Scottish Leaving Certificate Examination, 1951
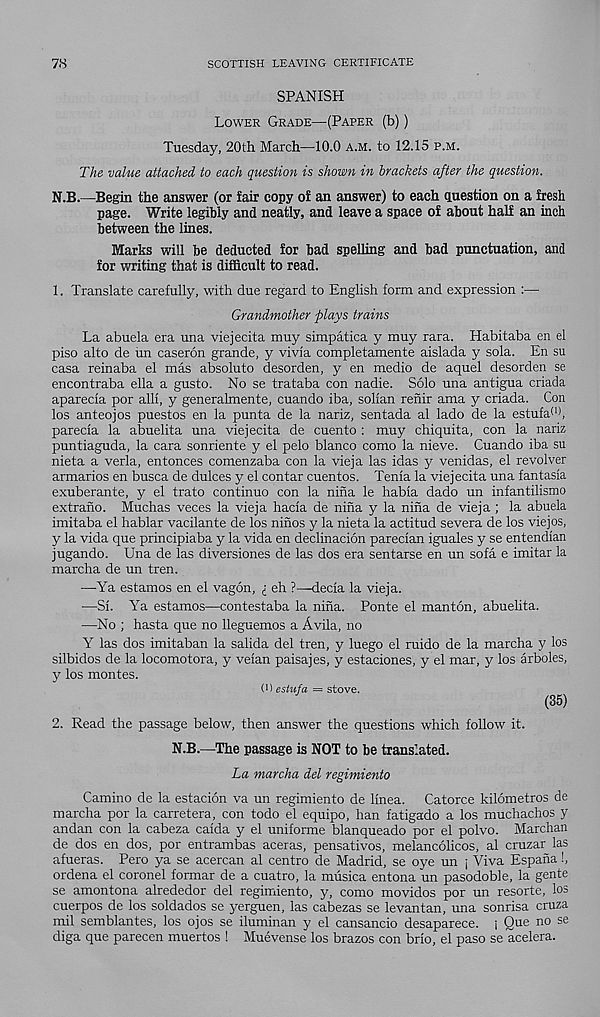
78
SCOTTISH LEAVING CERTIFICATE
SPANISH
Lower Grade—(Paper (b))
Tuesday, 20th March—10.0 a.m. to 12.15 p.m.
The value attached to each question is shown in brackets after the question.
N.B.—Begin the answer (or fair copy of an answer) to each question on a fresh
page. Write legibly and neatly, and leave a space of about half an inch
between the lines.
Marks will be deducted for bad spelling and bad punctuation, and
for writing that is difficult to read.
1. Translate carefully, with due regard to English form and expression :—
Grandmother plays trains
La abuela era una viejecita muy simpatica y muy rara. Habitaba en el
piso alto de im caseron grande, y vivia completamente aislada y sola. En su
casa reinaba el mas absolute desorden, y en medio de aquel desorden se
encontraba ella a gusto. No se trataba con nadie. Solo una antigua criada
aparecia por alii, y generahnente, cuando iba, solian renir ama y criada. Con
los anteojos puestos en la punta de la nariz, sentada al lado de la estufa (1) ,
parecia la abuelita una viejecita de cuento : muy chiquita, con la nariz
puntiaguda, la cara sonriente y el pelo bianco como la nieve. Cuando iba su
nieta a verla, entonces comenzaba con la vieja las idas y venidas, el revolver
armarios en busca de dulces y el contar cuentos. Tenia la viejecita una fantasia
exuberante, y el trato continue con la nina le habia dado un infantilismo
extrano. Muchas veces la vieja hacia de nina y la nina de vieja ; la abuela
imitaba el hablar vacilante de los ninos y la nieta la actitud severa de los viejos,
y la vida que principiaba y la vida en declinacion parecian iguales y se entendian
jugando. Una de las diversiones de las dos era sentarse en un sofa e imitar la
marcha de un tren.
—-Ya estamos en el vagon, £ eh ?—decia la vieja.
—Si. Ya estamos—contestaba la nina. Ponte el man ton, abuelita.
—No ; hasta que no lleguemos a Avila, no
Y las dos imitaban la salida del tren, y luego el ruido de la marcha y los
silbidos de la locomotora, y veian paisajes, y estaciones, y el mar, y los arboles,
y los montes.
0) estufa = stove.
(35)
2. Read the passage below, then answer the questions which follow it.
N.B.—The passage is NOT to be translated.
La marcha del regimiento
Camino de la estacion va un regimiento de linea. Catorce kilometres de
marcha por la carretera, con todo el equipo, han fatigado a los muchachos y
andan con la cabeza caida y el uniforme blanqueado por el polvo. Marchan
de dos en dos, por entrambas aceras, pensativos, melancolicos, al cruzar las
afueras. Pero ya se acercan al centre de Madrid, se oye un j Viva Espana!,
ordena el coronel formar de a cuatro, la musica entona un pasodoble, la gente
se amontona alrededor del regimiento, y, como movidos por un resorte, los
cuerpos de los soldados se yerguen, las cabezas se levantan, una sonrisa cruza
mil semblantes, los ojos se iluminan y el cansancio desaparece. i Que no se
diga que parecen muertos ! Muevense los brazos con brio, el paso se acelera.